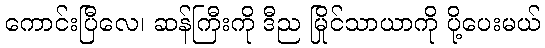
ကောင်းပြီလေ၊ ဆန်ကြီးကို ဒီည မြိုင်သာယာကို ပို့ပေးမယ်